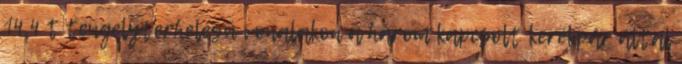
14,4 t tengelyterhelésű vonalakon a három kapcsolt kerékpár által